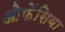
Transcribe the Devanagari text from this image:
ओफेंसिवा